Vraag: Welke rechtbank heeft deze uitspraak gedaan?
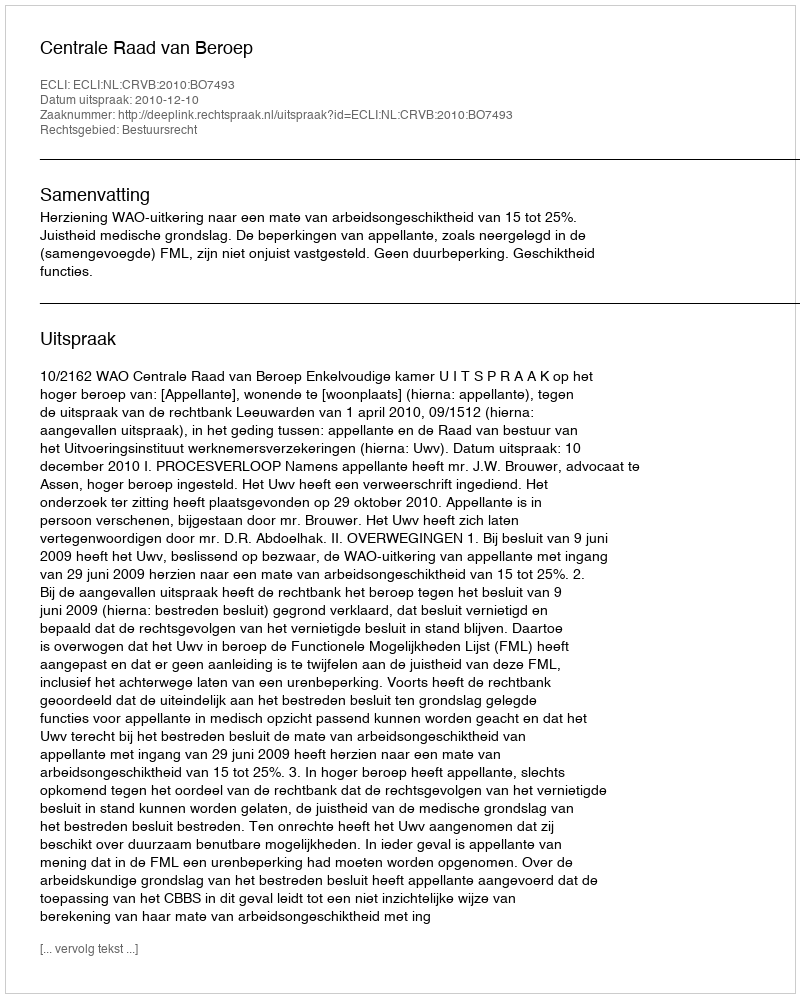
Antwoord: Centrale Raad van Beroep